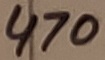
Text: 470